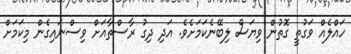
ހައްލެއް ވަގުތީ ގޮތުން ވިޔަސް ލިބޭނެކަމަށެވެ. އަދި ދިގު ރާސްތާއަށް ވިސްނައިގެން މިކަމަށް